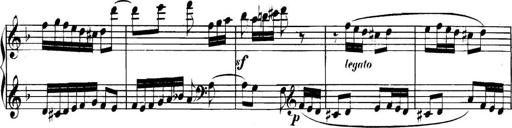
Title: Collected Piano Sonatas
Composer: Muzio Clementi